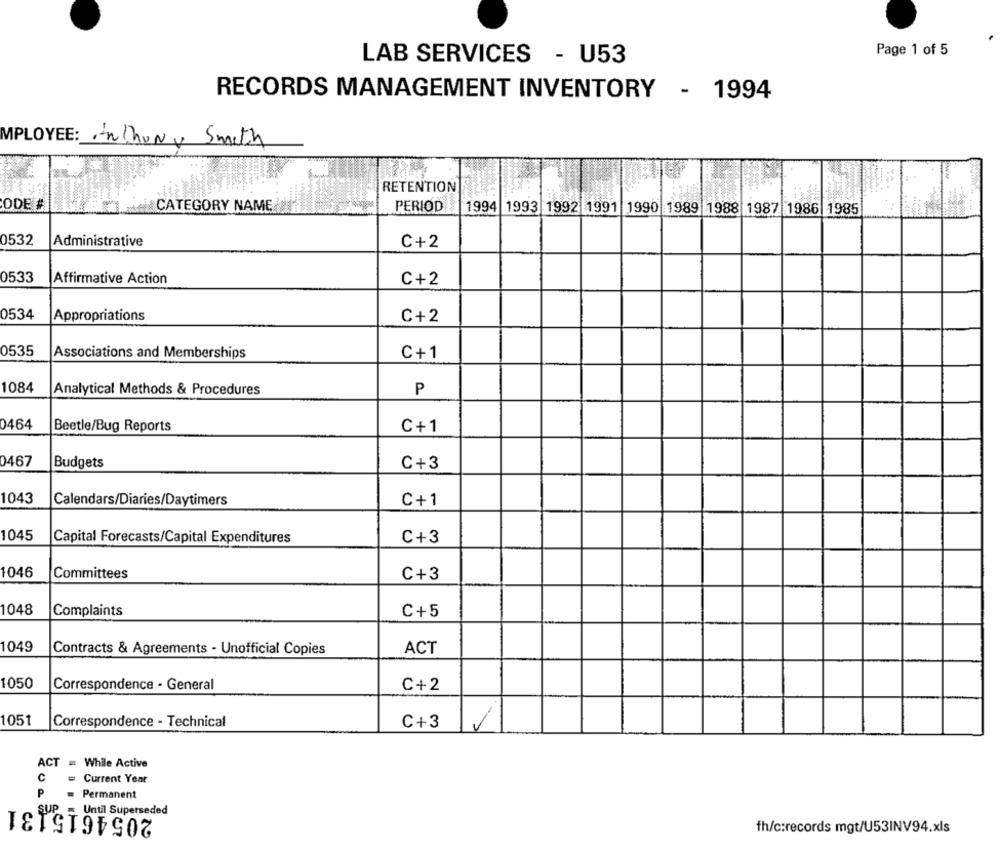
Page 1 of 5
LAB SERVICES - U53
RECORDS MANAGEMENT INVENTORY - 1994
MPLOYEE: Anthony Smith
RETENTION
ODE #
CATEGORY NAME
PERIOD
1994
1993 1992 1991 1990 1989 1988 1987 1986 1985
0532
Administrative
C+2
0533
Affirmative Action
C+2
0534
Appropriations
C+2
0535
Associations and Memberships
C+1
1084
Analytical Methods & Procedures
P
0464
Beetle/Bug Reports
C+1
0467
Budgets
C+3
1043
Calendars/Diaries/Daytimers
C+1
1045
Capital Forecasts/Capital Expenditures
C+3
1046
Committees
C+3
1048
Complaints
C+5
1049
Contracts & Agreements - Unofficial Copies
ACT
1050
Correspondence - General
C+2
1051
Correspondence - Technical
C+3
V
ACT = While Active
c
= Current Year
P
.
Permanent
2054615131
SUP
Until Superseded
fh/c:records mgt/U53INV94.xls